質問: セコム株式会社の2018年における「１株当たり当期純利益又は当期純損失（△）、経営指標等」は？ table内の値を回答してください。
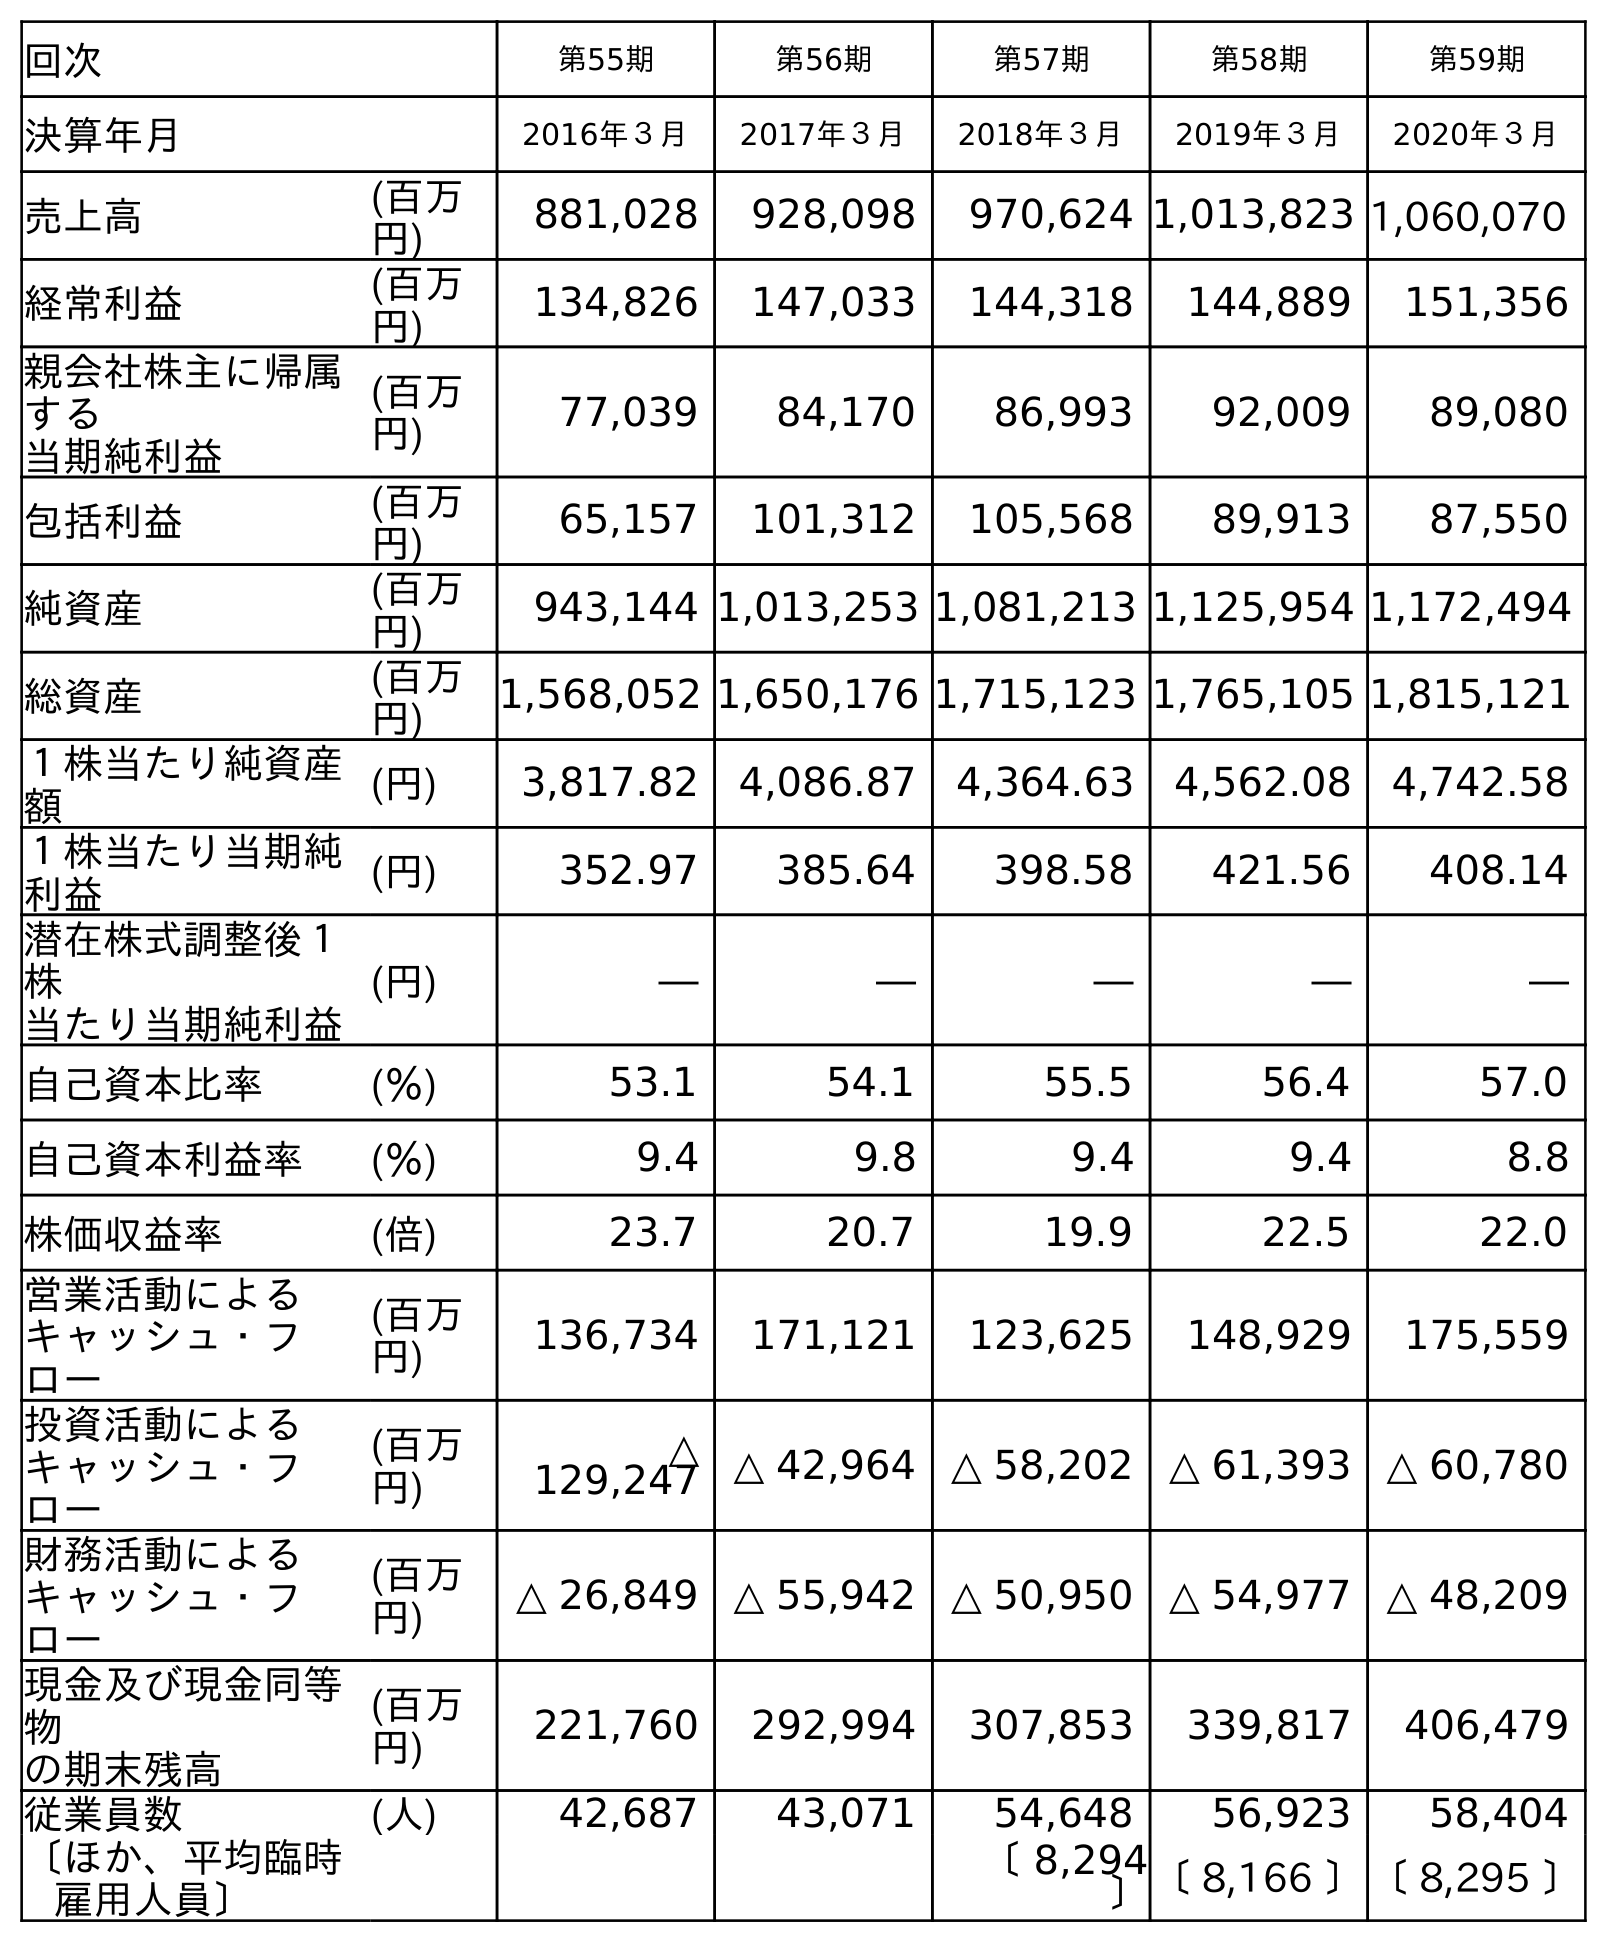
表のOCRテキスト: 回次 第55期 第56期 第57期 第58期 第59期 決算年月 2016年３月 2017年３月 2018年３月 2019年３月 2020年３月 売上高 (百万 円) 881,028 928,098 970,624 1,013,823 1,060,070 経常利益 (百万 円) 134,826 147,033 144,318 144,889 151,356 親会社株主に帰属 する 当期純利益 (百万 円) 77,039 84,170 86,993 92,009 89,080 包括利益 (百万 円) 65,157 101,312 105,568 89,913 87,550 純資産 (百万 円) 943,144 1,013,253 1,081,213 1,125,954 1,172,494 総資産 (百万 円) 1,568,052 1,650,176 1,715,123 1,765,105 1,815,121 １株当たり純資産 額 (円) 3,817.82 4,086.87 4,364.63 4,562.08 4,742.58 １株当たり当期純 利益 (円) 352.97 385.64 398.58 421.56 408.14 潜在株式調整後１ 株 当たり当期純利益 (円) ― ― ― ― ― 自己資本比率 (％) 53.1 54.1 55.5 56.4 57.0 自己資本利益率 (％) 9.4 9.8 9.4 9.4 8.8 株価収益率 (倍) 23.7 20.7 19.9 22.5 22.0 営業活動による キャッシュ・フ ロー (百万 円) 136,734 171,121 123,625 148,929 175,559 投資活動による キャッシュ・フ ロー (百万 円) △ 129,247 △ 42,964 △ 58,202 △ 61,393 △ 60,780 財務活動による キャッシュ・フ ロー (百万 円) △ 26,849 △ 55,942 △ 50,950 △ 54,977 △ 48,209 現金及び現金同等 物 の期末残高 (百万 円) 221,760 292,994 307,853 339,817 406,479 従業員数 (人) 42,687 43,071 54,648 56,923 58,404 〔ほか、平均臨時 雇用人員〕 〔 8,294 〕〔 8,166 〕〔 8,295 〕
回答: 398.58